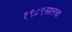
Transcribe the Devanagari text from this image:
१९८९सालचा